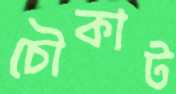
চৌকাট